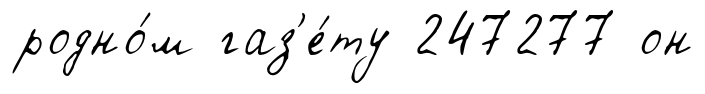
родно́м газ'е́ту 247277 он